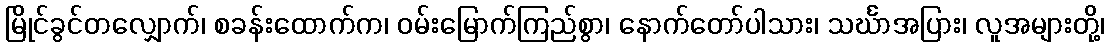
မြိုင်ခွင်တလျှောက်၊ စခန်းထောက်က၊ ဝမ်းမြောက်ကြည်စွာ၊ နောက်တော်ပါသား၊ သင်္ဃာအပြား၊ လူအများတို့၊